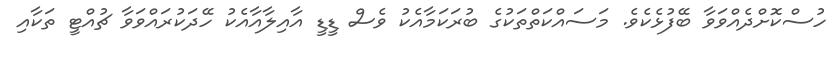
ހުސްކޮށްދެއްވަވާ ބޭފުޅެކެވެ. މަސައްކަތްތަކުގެ ބުރަކަމާއެކު ވެސް ޑީޑީ އާއިލާއާއެކު ހޭދަކުރައްވަވާ ޗުއްޓީ ތަކާއި